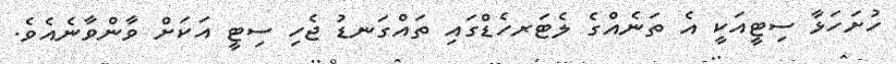
ހުށަހަޅާ ސިޓީއަކީ އެ ތަނެއްގެ ލެޓަރހެޑްގައި ތައްގަނޑު ޖެހި ސިޓީ އަކަށް ވާންވާނެއެވެ.